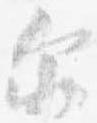
示